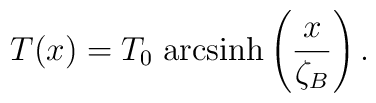
T(x)=T_{0}\;{\rm arcsinh}\left(\frac{x}{\zeta_B}\right).